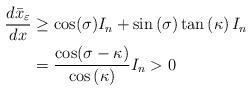
LaTeX: \begin{align*}\frac{d\bar{x}_{\varepsilon}}{dx} & \geq\cos(\sigma)I_{n}+\sin\left(\sigma\right) \tan\left( \kappa\right) I_{n}\\& =\frac{\cos(\sigma-\kappa)}{\cos\left( \kappa\right) }I_{n}>0\end{align*}